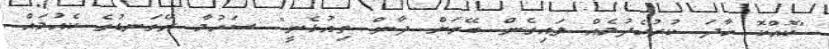
"ކޮއްކޮ ހާދަ ކުރުހެދުމެއް ލައިގެން ބޭރަށް ދާން ތިއުޅެނީ" ސަހުމާ ރޭގަނޑުގެ ކެއުމައް